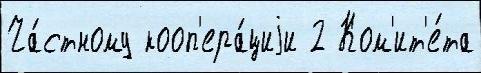
Ча́стному кооп'ера́циjи 2 Ком'ит'е́та